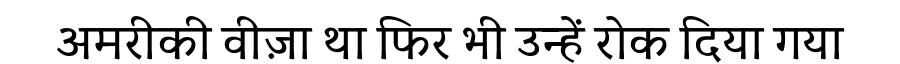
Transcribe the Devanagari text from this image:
अमरीकी वीज़ा था फिर भी उन्हें रोक दिया गया